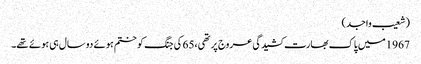
(شعیب واجد)
1967میں پاک بھارت کشیدگی عروج پر تھی،65 کی جنگ کو ختم ہوئے دو سال ہی ہوئے تھے۔